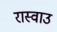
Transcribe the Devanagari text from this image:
रास्वाउ